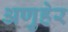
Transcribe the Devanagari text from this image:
अणुहेर